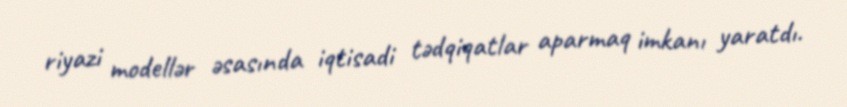
riyazi modellər əsasında iqtisadi tədqiqatlar aparmaq imkanı yaratdı.